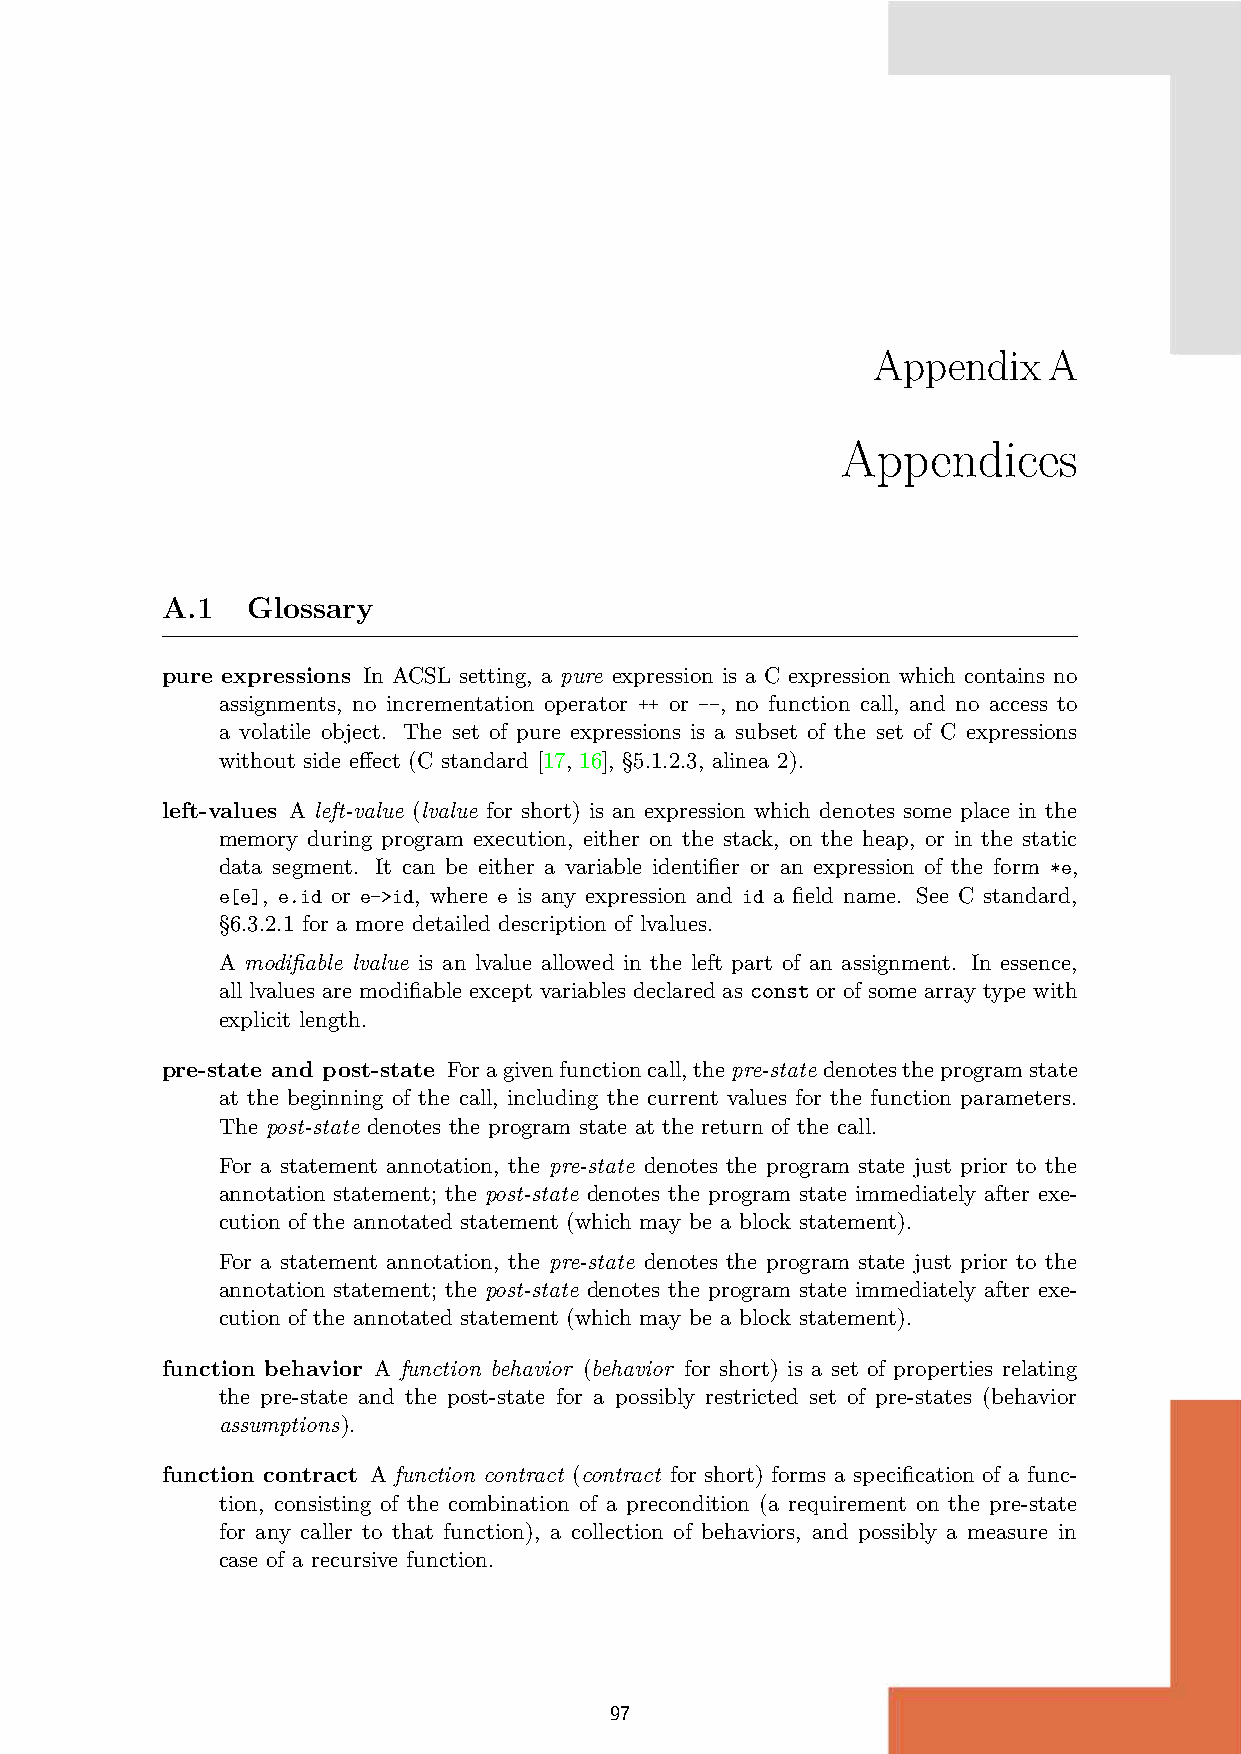
Appendix   A
 Appendices
 A.1  Glossary
 pure expressions In ACSL setting, a pure expression is a C expression which contains no
 assignments, no incrementation operator ++ or --, no function call, and no access to
 a volatile object. The set of pure expressions is a subset of the set of C expressions
 without side effect (C standard [17, 16], §5.1.2.3, alinea 2).
 left-values A left-value (lvalue for short) is an expression which denotes some place in the
 memory during program execution, either on the stack, on the heap, or in the static
 data segment. It can be either a variable identifier or an expression of the form *e,
 e[e], e.id or e->id, where e is any expression and id a field name. See C standard,
 §6.3.2.1 for a more detailed description of lvalues.
 A modifiable lvalue is an lvalue allowed in the left part of an assignment. In essence,
 all lvalues are modifiable except variables declared as const or of some array type with
 explicit length.
 pre-state and post-state Foragivenfunctioncall,thepre-state denotestheprogramstate
 at the beginning of the call, including the current values for the function parameters.
 The post-state denotes the program state at the return of the call.
 For a statement annotation, the pre-state denotes the program state just prior to the
 annotation statement; the post-state denotes the program state immediately after exe-
 cution of the annotated statement (which may be a block statement).
 For a statement annotation, the pre-state denotes the program state just prior to the
 annotation statement; the post-state denotes the program state immediately after exe-
 cution of the annotated statement (which may be a block statement).
 function behavior A function behavior (behavior for short) is a set of properties relating
 the pre-state and the post-state for a possibly restricted set of pre-states (behavior
 assumptions).
 function contract A function contract (contract for short) forms a specification of a func-
 tion, consisting of the combination of a precondition (a requirement on the pre-state
 for any caller to that function), a collection of behaviors, and possibly a measure in
 case of a recursive function.
 97